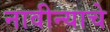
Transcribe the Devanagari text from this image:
नावीन्याचे